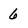
Character: 6